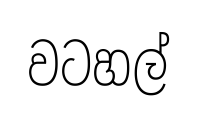
වටහල්